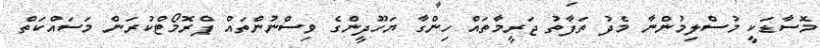
މޮސާޑަކީ މުސްލިމުންނާ މެދު ތަފާތު ޖަރީމާތައް ހިންގާ ޔަހޫދީންގެ ވިސްނުންތައް ޕްރޮމޯޓްކުރަން މަސައްކަތް